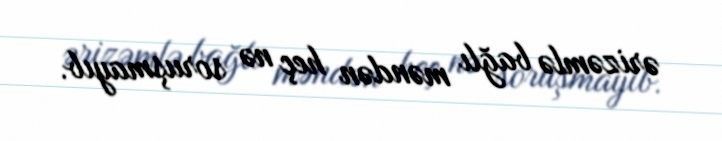
ərizəmlə bağlı məndən heç nə soruşmayıb.